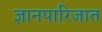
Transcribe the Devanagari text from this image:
ज्ञानपारिजात